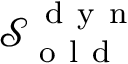
\mathcal { S } _ { \mathrm { ~ o ~ l ~ d ~ } } ^ { \mathrm { ~ d ~ y ~ n ~ } }